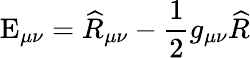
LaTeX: \mathrm{E}_{\mu\nu}=\widehat{R}_{\mu\nu}-\frac{1}{2}g_{\mu\nu}\widehat{R}